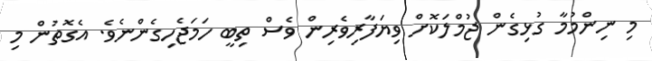
މި ނިންމުމާ ގުޅިގެން ޖުމްލަކޮށް ވިޔަފާރިވެރިން ވެސް ތިބީ ހަމަޖެހިގެންނެވެ. އެގޮތުން މި